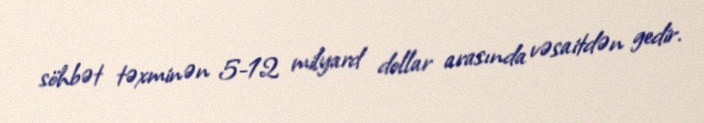
söhbət təxminən 5-12 milyard dollar arasında vəsaitdən gedir.